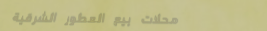
محلات بيع العطور الشرقية